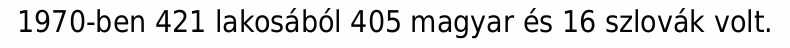
1970-ben 421 lakosából 405 magyar és 16 szlovák volt.